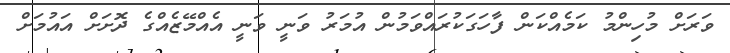
ވަރަށް މުހިންމު ކަމެއްކަން ފާހަގަކުރައްވަމުން އުމަރު ވަނީ ވަނީ އެއްމޭޒެއްގެ ދޮށަށް އައުމަށް